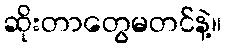
ဆိုးတာတွေမတင်နဲ့။